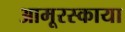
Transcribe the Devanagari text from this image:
आमूरस्काया